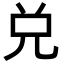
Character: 兑